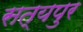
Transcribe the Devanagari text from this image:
सत्यपुर